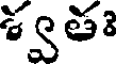
శ్వతః